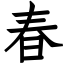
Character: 春